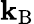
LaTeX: \mathbf{k}_{\mathrm{{B}}}